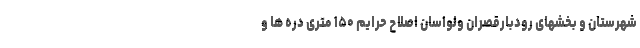
شهرستان و بخشهای رودبارقصران ولواسان اصلاح حرایم ۱۵۰ متری دره ها و